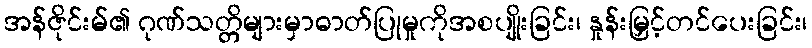
အန်ဇိုင်းမ်၏ ဂုဏ်သတ္တိများမှာဓာတ်ပြုမှုကိုအစပျိုးခြင်း၊ နှုန်းမြှင့်တင်ပေးခြင်း၊